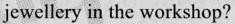
jewellery in the workshop?